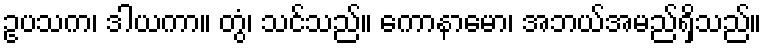
ဥပသက၊ ဒါယကာ။ တွံ၊ သင်သည်။ ကောနာမော၊ အဘယ်အမည်ရှိသည်။